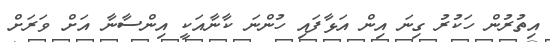
އިތުރުން ހަކުރު ގިނަ އިން އަޅާފައި ހުންނަ ކާނާއަކީ އިންސާނާ އަށް ވަރަށް